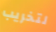
لتخريب